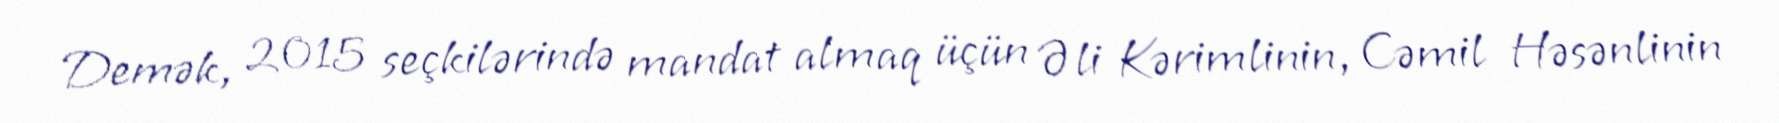
Demək, 2015 seçkilərində mandat almaq üçün Əli Kərimlinin, Cəmil Həsənlinin